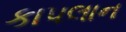
કાપલાન